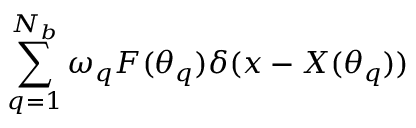
\sum _ { q = 1 } ^ { N _ { b } } \omega _ { q } \boldsymbol F ( \boldsymbol \theta _ { q } ) \delta ( \boldsymbol x - \boldsymbol X ( \boldsymbol \theta _ { q } ) )